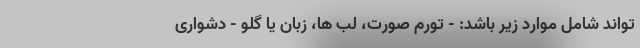
تواند شامل موارد زیر باشد: - تورم صورت، لب ها، زبان یا گلو - دشواری